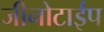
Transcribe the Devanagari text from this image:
जीनोटाईप